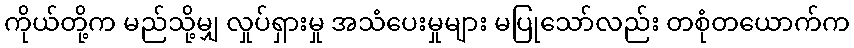
ကိုယ်တို့က မည်သို့မျှ လှုပ်ရှားမှု အသံပေးမှုများ မပြုသော်လည်း တစုံတယောက်က